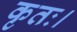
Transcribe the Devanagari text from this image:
कृतः।